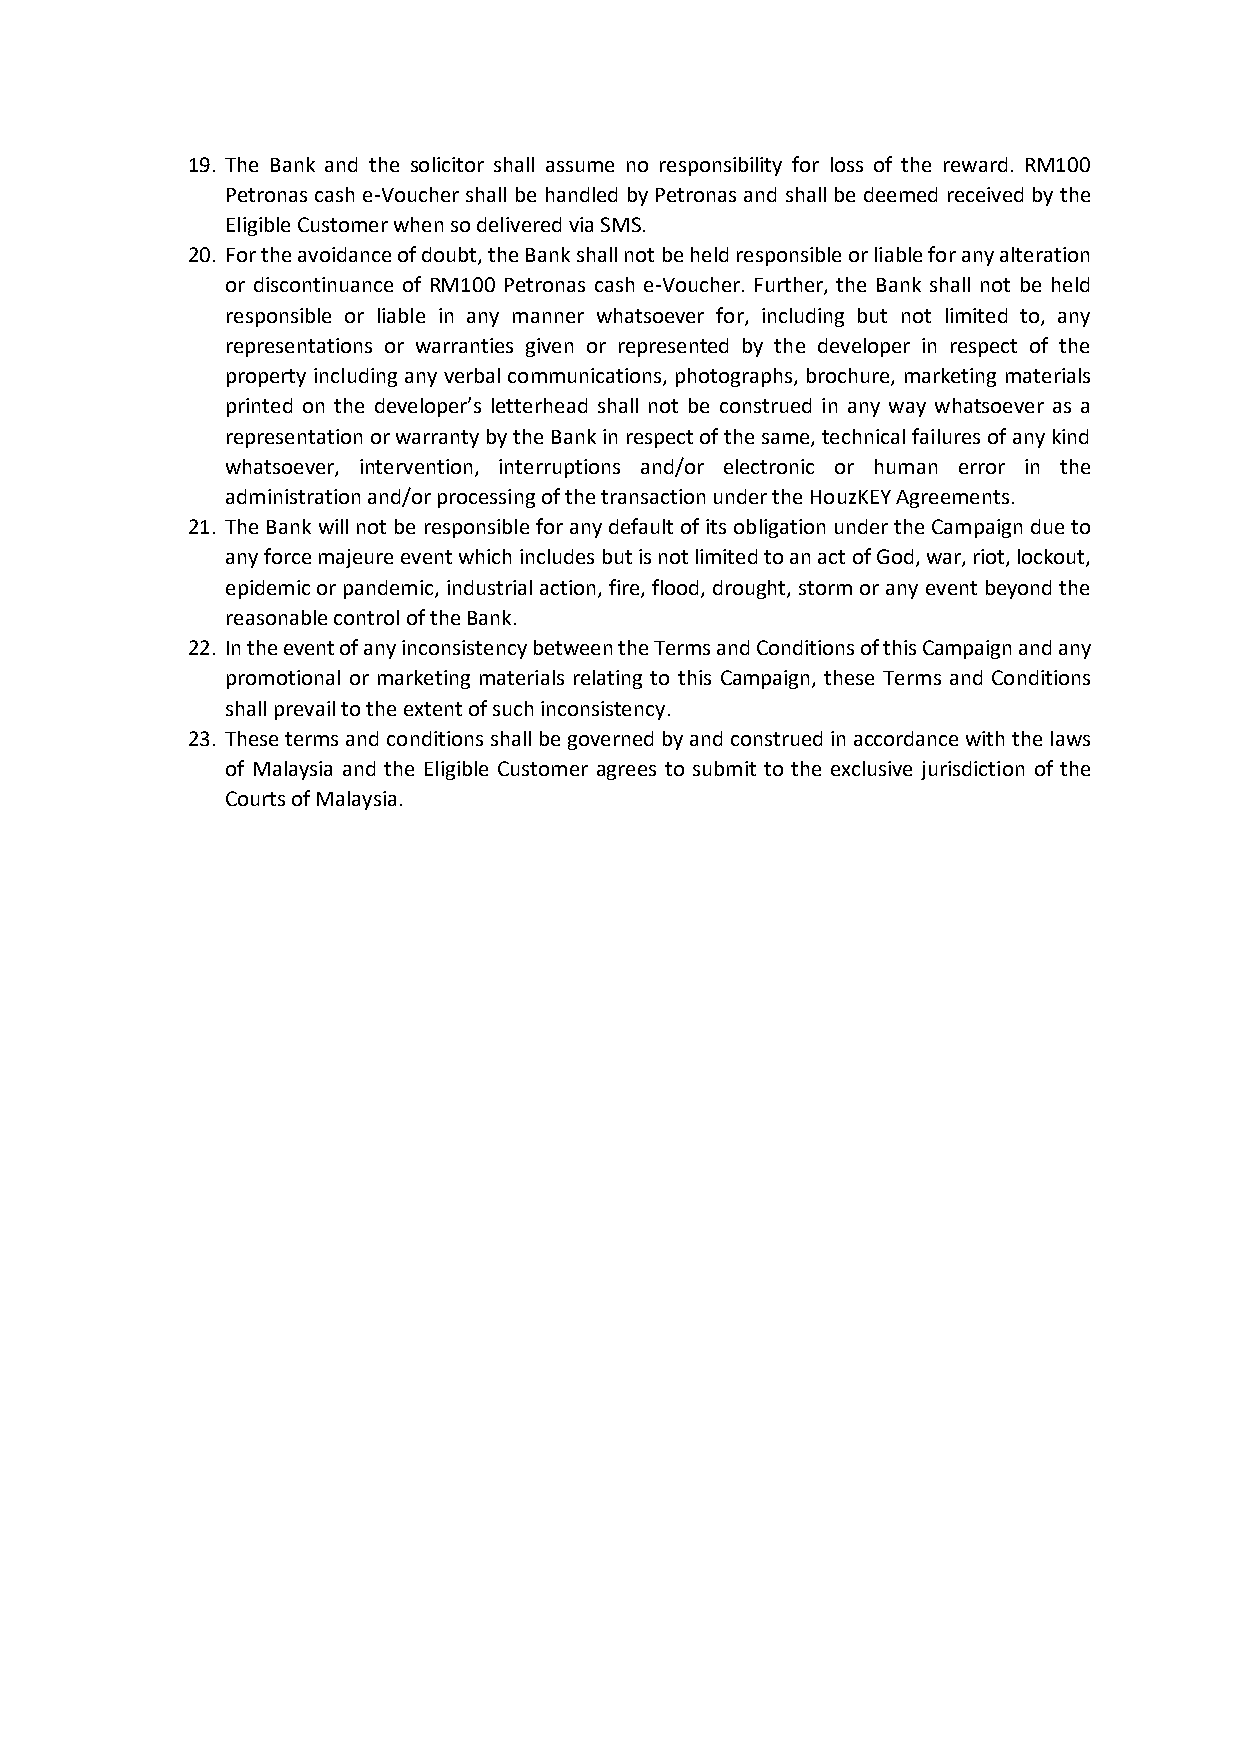
19. The Bank and the solicitor shall assume no responsibility for loss of the reward. RM100
 Petronas cash e-Voucher shall be handled by Petronas and shall be deemed received by the
 Eligible Customer when so delivered via SMS.
 20. For the avoidance of doubt, the Bank shall not be held responsible or liable for any alteration
 or discontinuance of RM100 Petronas cash e-Voucher. Further, the Bank shall not be held
 responsible or liable in any manner whatsoever for, including but not limited to, any
 representations or warranties given or represented by the developer in respect of the
 property including any verbal communications, photographs, brochure, marketing materials
 printed on the developer’s letterhead shall not be construed in any way whatsoever as a
 representation or warranty by the Bank in respect of the same, technical failures of any kind
 whatsoever, intervention, interruptions and/or electronic or human error in the
 administration and/or processing of the transaction under the HouzKEY Agreements.
 21. The Bank will not be responsible for any default of its obligation under the Campaign due to
 any force majeure event which includes but is not limited to an act of God, war, riot, lockout,
 epidemic or pandemic, industrial action, fire, flood, drought, storm or any event beyond the
 reasonable control of the Bank.
 22. In the event of any inconsistency between the Terms and Conditions of this Campaign and any
 promotional or marketing materials relating to this Campaign, these Terms and Conditions
 shall prevail to the extent of such inconsistency.
 23. These terms and conditions shall be governed by and construed in accordance with the laws
 of Malaysia and the Eligible Customer agrees to submit to the exclusive jurisdiction of the
 Courts of Malaysia.